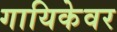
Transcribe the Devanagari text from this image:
गायिकेवर